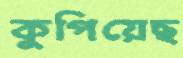
কুপিয়েছ